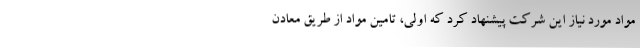
مواد مورد نیاز این شرکت پیشنهاد کرد که اولی، تامین مواد از طریق معادن